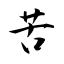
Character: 苦